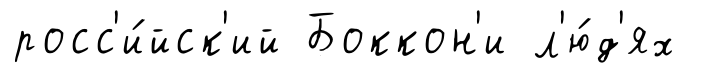
росс'и́йск'ий Боккон'и л'ю́д'ях